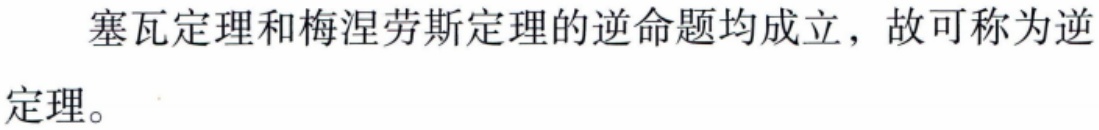
塞瓦定理和梅涅劳斯定理的逆命题均成立，故可称为逆定理。